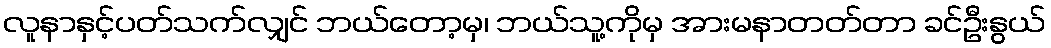
လူနာနှင့်ပတ်သက်လျှင် ဘယ်တော့မှ၊ ဘယ်သူ့ကိုမှ အားမနာတတ်တာ ခင်ဦးနွယ်